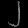
Digit: ၂